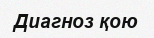
Диагноз қою